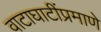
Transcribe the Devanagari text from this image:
वाटाघाटींप्रमाणे